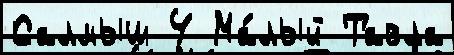
Салмыш 4 Ма́лый Тавла